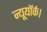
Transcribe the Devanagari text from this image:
न्यूयॉर्क।